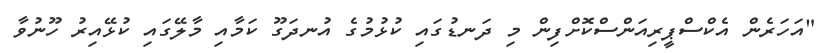
"އަހަރެން އެކްސްޕީރިއަންސްކޮށްފިން މި ދަނޑުގައި ކުޅުމުގެ އުނދަގޫ ކަމާއި މާލޭގައި ކުޅޭއިރު ހޫނުވާ